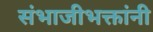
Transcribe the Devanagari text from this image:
संभाजीभक्तांनी